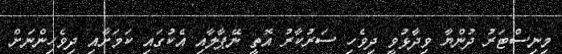
މިނިސްޓަރު ދުންޔާ ވިދާޅުވީ ދިވެހި ސަރުކާރު އޮތީ ނޭޕާލާއި އެކުގައި ކަމަށާއި ދިވެހިންނަށް